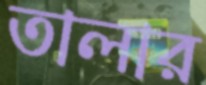
তালার